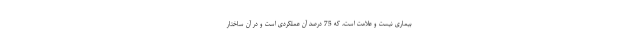
بیماری نیست و علامت است، که 75 درصد آن عملکردی است و در آن ساختار